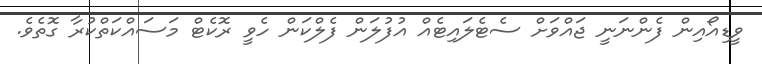
ވީޑިއޯއިން ފެންނަނީ ޖައްވަށް ސެޓެލައިޓެއް އުފުލަން ފެލްކަން ހެވީ ރޮކެޓް މަސައްކަތްކުރާ ގޮތެވެ.